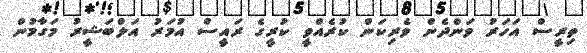
ތިރީސް އަހަރު ވަންދެން ވެރިކަން ކުރެއްވީ ކުރީގެ ރައީސް އުމަރު އަލްބަޝީރު މަގާމުން